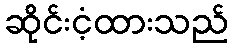
ဆိုင်းငံ့ထားသည်